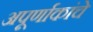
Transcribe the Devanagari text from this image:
अपूर्णाकांचे